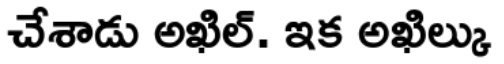
చేశాడు అఖిల్. ఇక అఖిల్కు